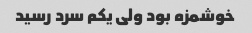
خوشمزه بود ولی یکم سرد رسید